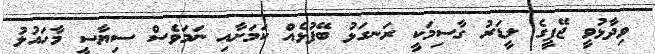
ވިދާޅުވީ ޖޭޕީގެ ލީޑަރު ގާސިމަކީ ރަނގަޅު ބޭފުޅެއް ކަމަށާއި ނަމަވެސް ސިޔާސީ މާހައުލު